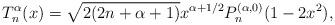
LaTeX: \begin{align*}T_n^{\alpha}(x)=\sqrt{2(2n+\alpha+1)}x^{\alpha+1/2}P_n^{(\alpha,0)}(1-2x^2),\end{align*}